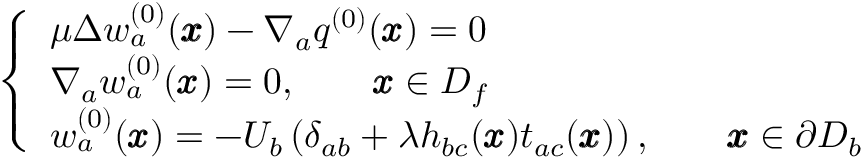
\left\{ \begin{array} { l l } { \mu \Delta w _ { a } ^ { ( 0 ) } ( { \pmb x } ) - \nabla _ { a } q ^ { ( 0 ) } ( { \pmb x } ) = 0 } \\ { \nabla _ { a } w _ { a } ^ { ( 0 ) } ( { \pmb x } ) = 0 , \qquad { \pmb x } \in D _ { f } } \\ { w _ { a } ^ { ( 0 ) } ( \pmb x ) = - U _ { b } \left( \delta _ { a b } + { \lambda } h _ { b c } ( { \pmb x } ) t _ { a c } ( { \pmb x } ) \right) , \qquad { \pmb x } \in \partial D _ { b } } \end{array} \right.